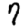
Digit: 7